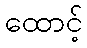
ထောင့်